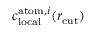
c _ { \mathrm { l o c a l } } ^ { \mathrm { a t o m } , i } ( r _ { \mathrm { c u t } } )